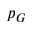
p _ { G }